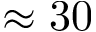
\approx 3 0